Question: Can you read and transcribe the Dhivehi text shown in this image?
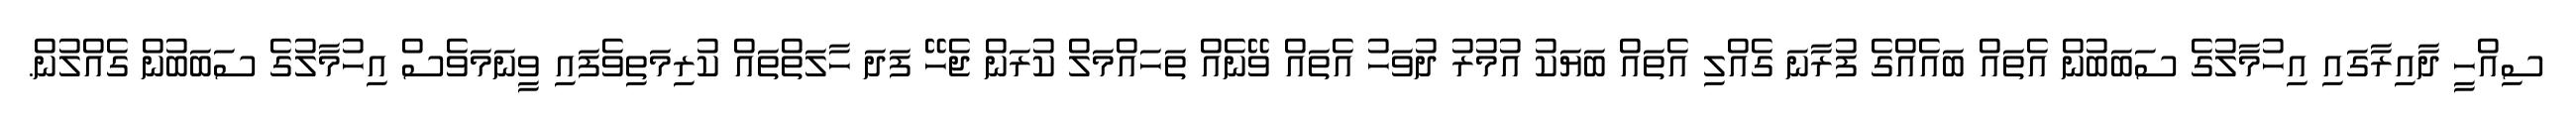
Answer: ސިއްހީ ދާއިރާގައި އިހުމާލުގެ ސަބަބުން އެތައް ބައެއްގެ ފުރާނަ ގެއްލި އެތައް ބަޔަކު އުމުރު ދުވަހު އެތައް ވޭނެއް ތަހައްމަލް ކުރަން ޖެހޭ ފަދަ ހާލަތްތައް ކުރިމަތިވެފައި ވީނަމަވެސް އިހުމާލުގެ ސަބަބުން ގެއްލުން.